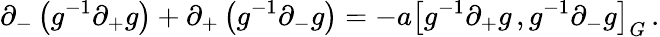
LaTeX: \partial_{-}\left(g^{-1}\partial_{+}g\right)+\partial_{+}\left(g^{-1}\partial_{-}g\right)=-a\left[g^{-1}\partial_{+}g\, ,g^{-1}\partial_{-}g\right]_{G}\, .